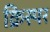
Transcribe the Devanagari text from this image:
क्रिस्पर